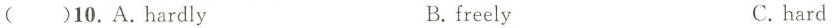
()10.A.Hardly B.freely C.hard